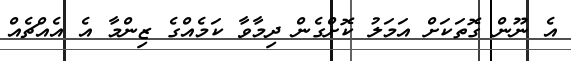
އެ ނޫން ގޮތަކަށް އަމަލު ކޮށްގެން ދިމާވާ ކަމެއްގެ ޒިންމާ އެ އެއްޗެއް